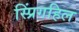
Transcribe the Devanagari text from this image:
स्प्रिंगहिल